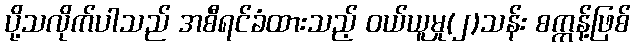
ပို့သလိုက်ပါသည် အစီရင်ခံထားသည့် ဝယ်ယူမှု(၂)သန်း စက္ကန့်ဖြစ်